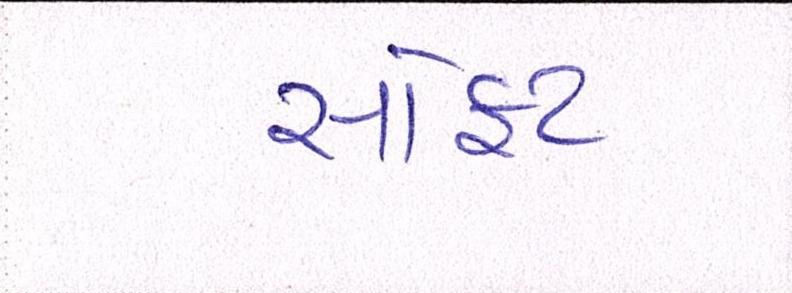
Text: સોફ્ટ